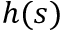
h ( s )